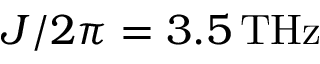
J / 2 \pi = 3 . 5 \, \mathrm { T H z }